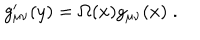
g _ { \mu \nu } ^ { \prime } ( y ) = \Omega ( x ) g _ { \mu \nu } ( x ) \; .